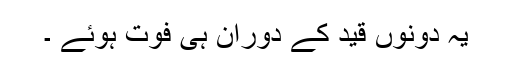
یہ دونوں قید کے دوران ہی فوت ہوئے ۔